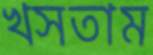
খসতাম